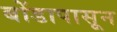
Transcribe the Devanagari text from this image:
बोंडापासून